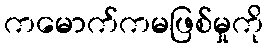
ကမောက်ကမဖြစ်မှုကို